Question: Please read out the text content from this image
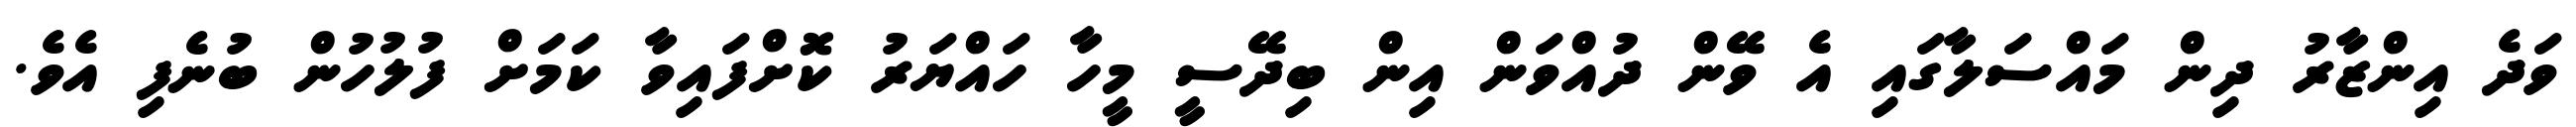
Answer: ވަދެ އިންޒާރު ދިން މައްސަލާގައި އެ ވޭން ދުއްވަން އިން ބިދޭސީ މީހާ ހައްޔަރު ކޮށްފައިވާ ކަމަށް ފުލުހުން ބުނެފި އެވެ.